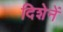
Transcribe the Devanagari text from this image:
दिशेनें